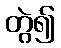
တွဲ၍